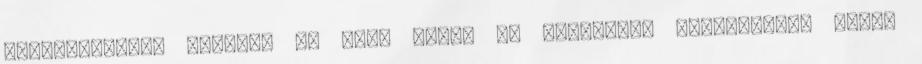
portugáloknál Vacsora 40 perc alatt Az illegális bevándorlás miatt